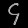
Digit: ၄